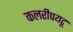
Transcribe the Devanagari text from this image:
कलरीपयटू